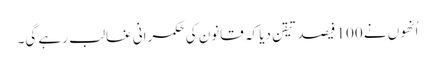
اُنھوں نے 100 فیصد تیقن دیا کہ قانون کی حکمرانی غالب رہے گی۔